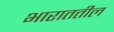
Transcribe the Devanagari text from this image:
भाराततील